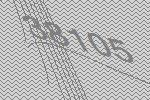
38105